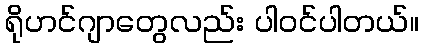
ရိုဟင်ဂျာတွေလည်း ပါဝင်ပါတယ်။